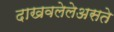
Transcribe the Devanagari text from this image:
दाखवलेलेअसते